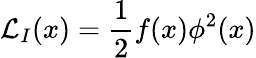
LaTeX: {\cal L}_{I}(x)={\frac{1}{2}}f(x)\phi^{2}(x)